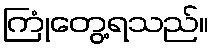
ကြုံတွေ့ရသည်။